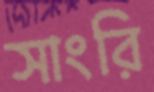
সাংরি